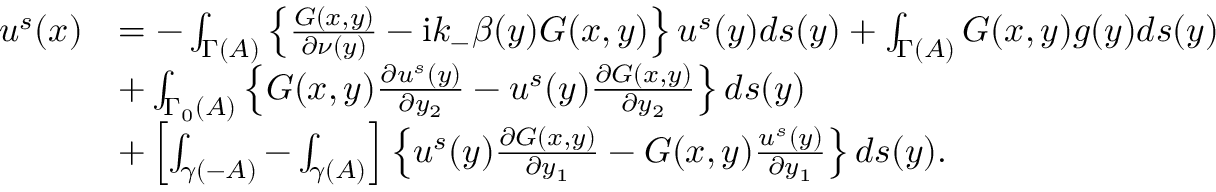
\begin{array} { r l } { u ^ { s } ( x ) } & { = - \int _ { \Gamma ( A ) } \left\{ \frac { G ( x , y ) } { \partial \nu ( y ) } - \mathrm { i } k _ { - } \beta ( y ) G ( x , y ) \right\} u ^ { s } ( y ) d s ( y ) + \int _ { \Gamma ( A ) } G ( x , y ) g ( y ) d s ( y ) } \\ & { + \int _ { \Gamma _ { 0 } ( A ) } \left\{ G ( x , y ) \frac { \partial u ^ { s } ( y ) } { \partial y _ { 2 } } - u ^ { s } ( y ) \frac { \partial G ( x , y ) } { \partial y _ { 2 } } \right\} d s ( y ) } \\ & { + \left[ \int _ { \gamma ( - A ) } - \int _ { \gamma ( A ) } \right] \left\{ u ^ { s } ( y ) \frac { \partial G ( x , y ) } { \partial y _ { 1 } } - G ( x , y ) \frac { u ^ { s } ( y ) } { \partial y _ { 1 } } \right\} d s ( y ) . } \end{array}